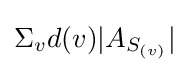
\Sigma _{v}d(v)|A_{S_{(v)}}|